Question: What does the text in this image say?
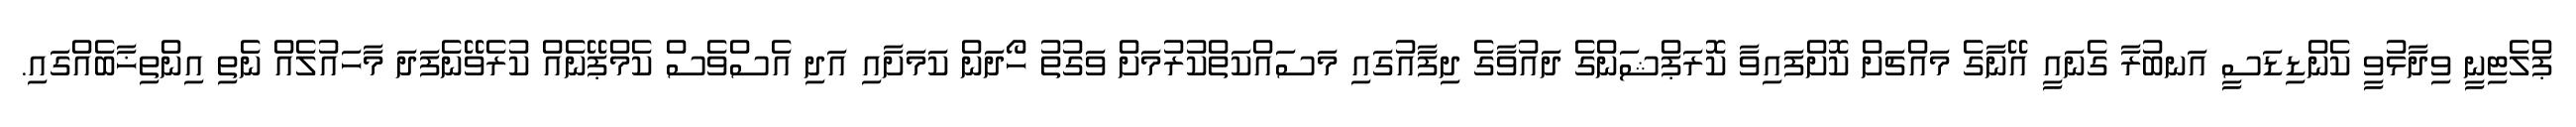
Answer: ޕްލެޓިނީ ވިދާޅުވީ ކެންޑިޑަސީ އަނބުރާ ގެނައީ އޭނާގެ މައްޗަށް ކޮށްފައިވާ ކޮރަޕްޝަންގެ ދައުވާގެ ދިފާއުގައި މަސައްކަތްކުރުމަށް ވަގުތު ހޯދަން ކަމަށާއި އަދި އެސްވެސް ކެމްޕޭނެއް ކުރެވޭނެފަދަ މާހައުލެއް ނެތި އިންތިޚާބެއްގައި.